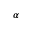
\alpha